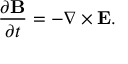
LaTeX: { \frac { \partial \mathbf { B } } { \partial t } } = - \nabla \times \mathbf { E } .